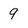
Character: 9